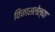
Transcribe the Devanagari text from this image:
विकासलेल्या